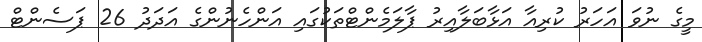
މީގެ ނުވަ އަހަރު ކުރިއާ އަޅާބަލާއިރު ޕާލަމެންޓްތަކުގައި އަންހެނުންގެ އަދަދު 26 ޕަސެންޓް